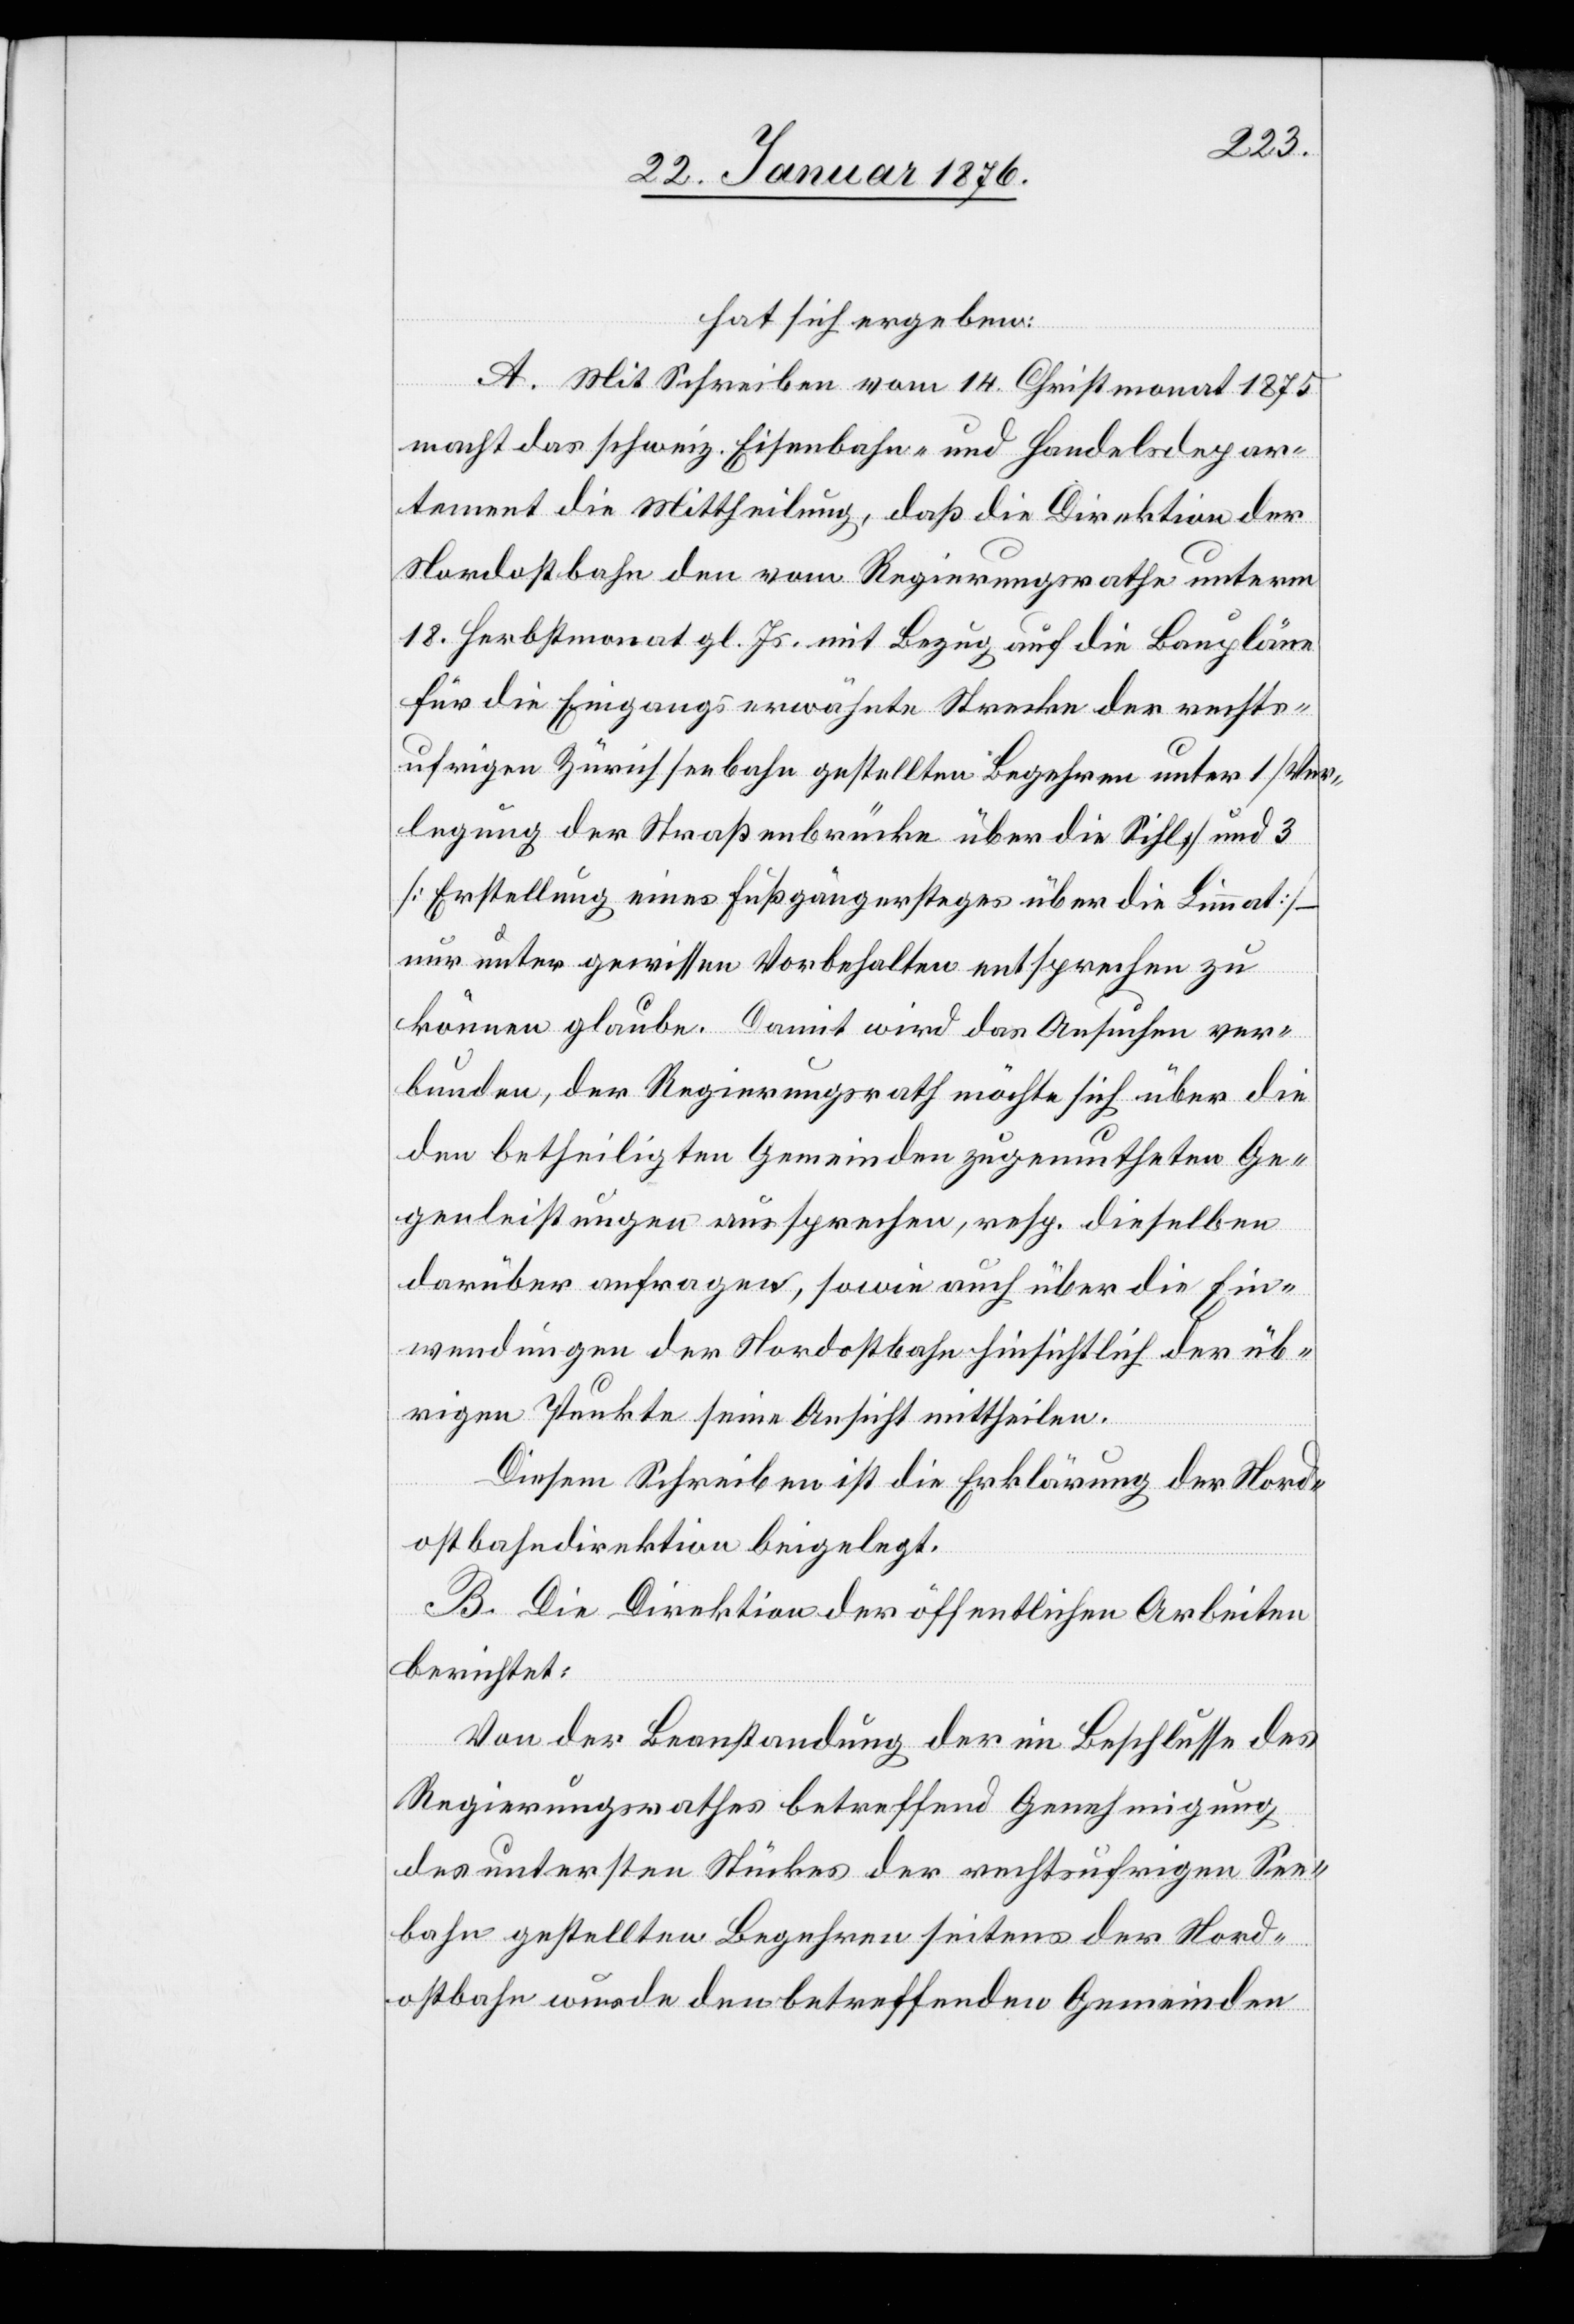
hat sich ergeben:
A. Mit Schreiben vom 14. Christmonat 1875
macht das schweiz. Eisenbahn- und Handelsdepar¬
tement die Mittheilung, daß die Direktion der
Nordostbahn den vom Regierungsrathe unterm
18. Herbstmonat gl. Js. mit Bezug auf die Baupläne
für die Eingangs erwähnte Strecke der rechts¬
ufrigen Zürichseebahn gestellten Begehren unter 1 [Ver¬
legung der Straßenbrücke über die Sihl] und 3
[Erstellung eines Fußgängersteges über die Limmat] –
nur unter gewissen Vorbehalten entsprechen zu
können glaube. Damit wird das Ansuchen ver¬
bunden, der Regierungsrath möchte sich über die
den betheiligten Gemeinden zugemutheten Ge¬
genleistungen aussprechen, resp. dieselben
darüber anfragen, sowie auch über die Ein¬
wendungen der Nordostbahn hinsichtlich der üb¬
rigen Punkte seine Ansicht mittheilen.
Diesem Schreiben ist die Erklärung der Nord¬
ostbahndirektion beigelegt.
B. Die Direktion der öffentlichen Arbeiten
berichtet:
Von der Beanstandung der im Beschlusse des
Regierungsrathes betreffend Genehmigung
des untersten Stückes der rechtsufrigen See¬
bahn gestellten Begehren seitens der Nord¬
ostbahn wurde den betreffenden Gemeinden